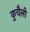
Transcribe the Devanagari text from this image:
कुचैली